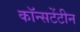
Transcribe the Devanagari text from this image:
कॉन्सटेंटीन